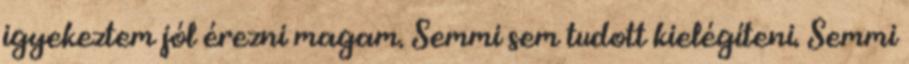
igyekeztem jól érezni magam. Semmi sem tudott kielégíteni. Semmi